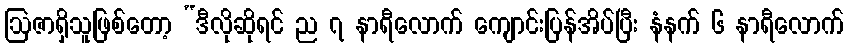
ဩဇာရှိသူဖြစ်တော့ “ဒီလိုဆိုရင် ည ၇ နာရီလောက် ကျောင်းပြန်အိပ်ပြီး နံနက် ၆ နာရီလောက်